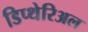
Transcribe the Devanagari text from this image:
डिप्थेरिअल